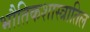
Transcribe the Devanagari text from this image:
भौतिकशास्त्रातिल